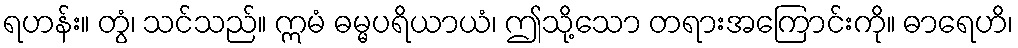
ရဟန်း။ တွံ၊ သင်သည်။ ဣမံ ဓမ္မပရိယာယံ၊ ဤသို့သော တရားအကြောင်းကို။ ဓာရေဟိ၊